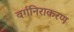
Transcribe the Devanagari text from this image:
वर्गनिराकरण